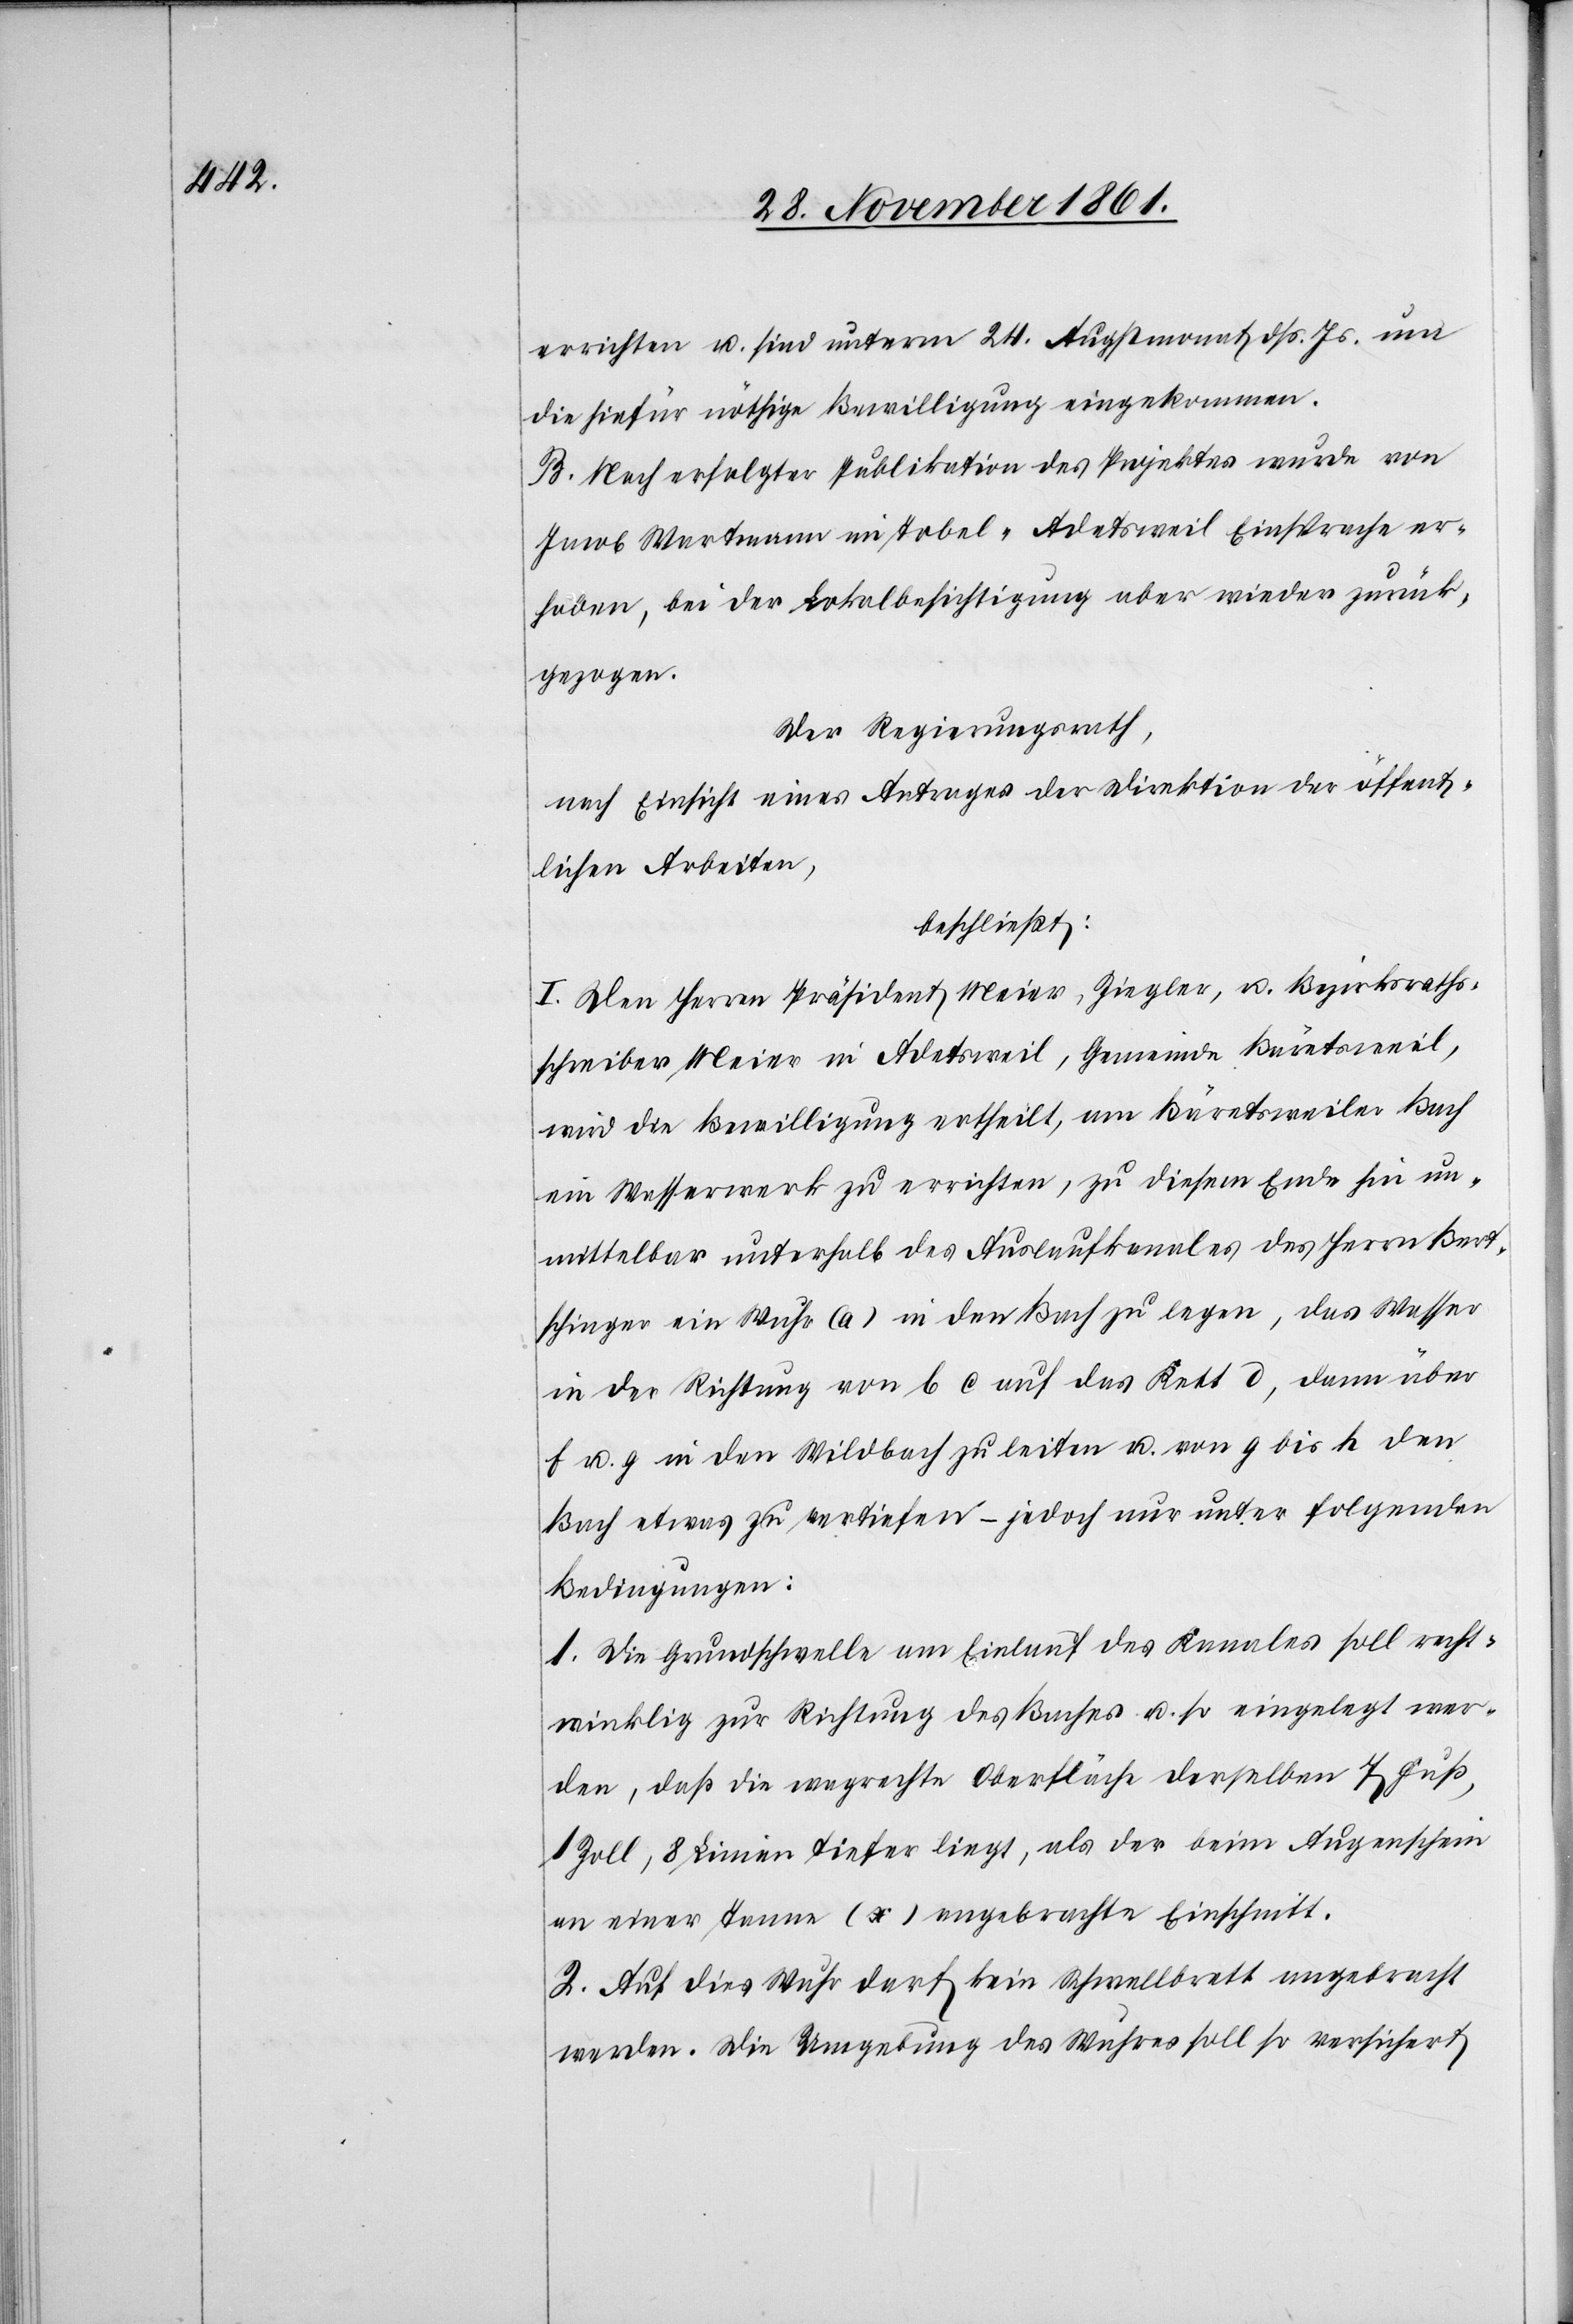
errichten u. sind unterm 24 Augstmonat dß. Js. um
die hiefür nöthige Bewilligung eingekommen.
B. Nach erfolgter Publikation des Projektes wurde von
Jacob Wartmann im Tobel-Adetsweil Einsprache er¬
hoben, bei der Lokalbesichtigung aber wieder zurück¬
gezogen.
Der Regierungsrath,
nach Einsicht eines Antrages der Direktion der öffent¬
lichen Arbeiten,
beschließt:
I. Den Herren Präsident Meier, Ziegler, u. Bezirksraths¬
schreiber Meier in Adetsweil, Gemeinde Bärentsweil,
wird die Bewilligung ertheilt, am Bärentsweiler Bach
ein Wasserwerk zu errichten, zu diesem Ende hin un¬
mittelbar unterhalb des Auslaufkanales des Herrn Bert¬
schinger ein Wuhr (a) in den Bach zu legen, das Wasser
in der Richtung von b c auf das Kett d, dann über
f u. g in den Wildbach zu leiten u. von g bis h den
Bach etwas zu vertiefen – jedoch nur unter folgenden
Bedingungen:
1. Die Grundschwelle am Einlauf des Kanales soll recht¬
winklig zur Richtung des Baches u. so eingelegt wer¬
den, daß die wagrechte Oberfläche derselben 7 Fuß,
1 Zoll, 8 Linien tiefer liegt, als der beim Augenschein
an einer Tanne (x) angebrachte Einschnitt.
2. Auf dies Wuhr darf kein Schwellbrett angebracht
werden. Die Umgebung des Wuhres soll so versichert